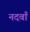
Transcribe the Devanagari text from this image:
नदवाँ